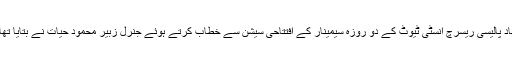
” جنوبی ایشیا میں علاقائی حرکیات اور تزویراتی خدشات“ کے موضوع پراسلام آباد پالیسی ریسرچ انسٹی ٹیوٹ کے دو روزہ سیمینار کے افتتاحی سیشن سے خطاب کرتے ہوئے جنرل زبیر محمود حیات نے بتایا تھا کہ ”را“ نے سی پیک کو نشانہ بنانے کیلئے 50 کروڑ ڈالر مختص کر دیئے ہیں۔